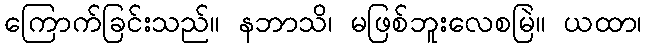
ကြောက်ခြင်းသည်။ နဘာသိ၊ မဖြစ်ဘူးလေစမြဲ။ ယထာ၊